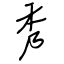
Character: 秀